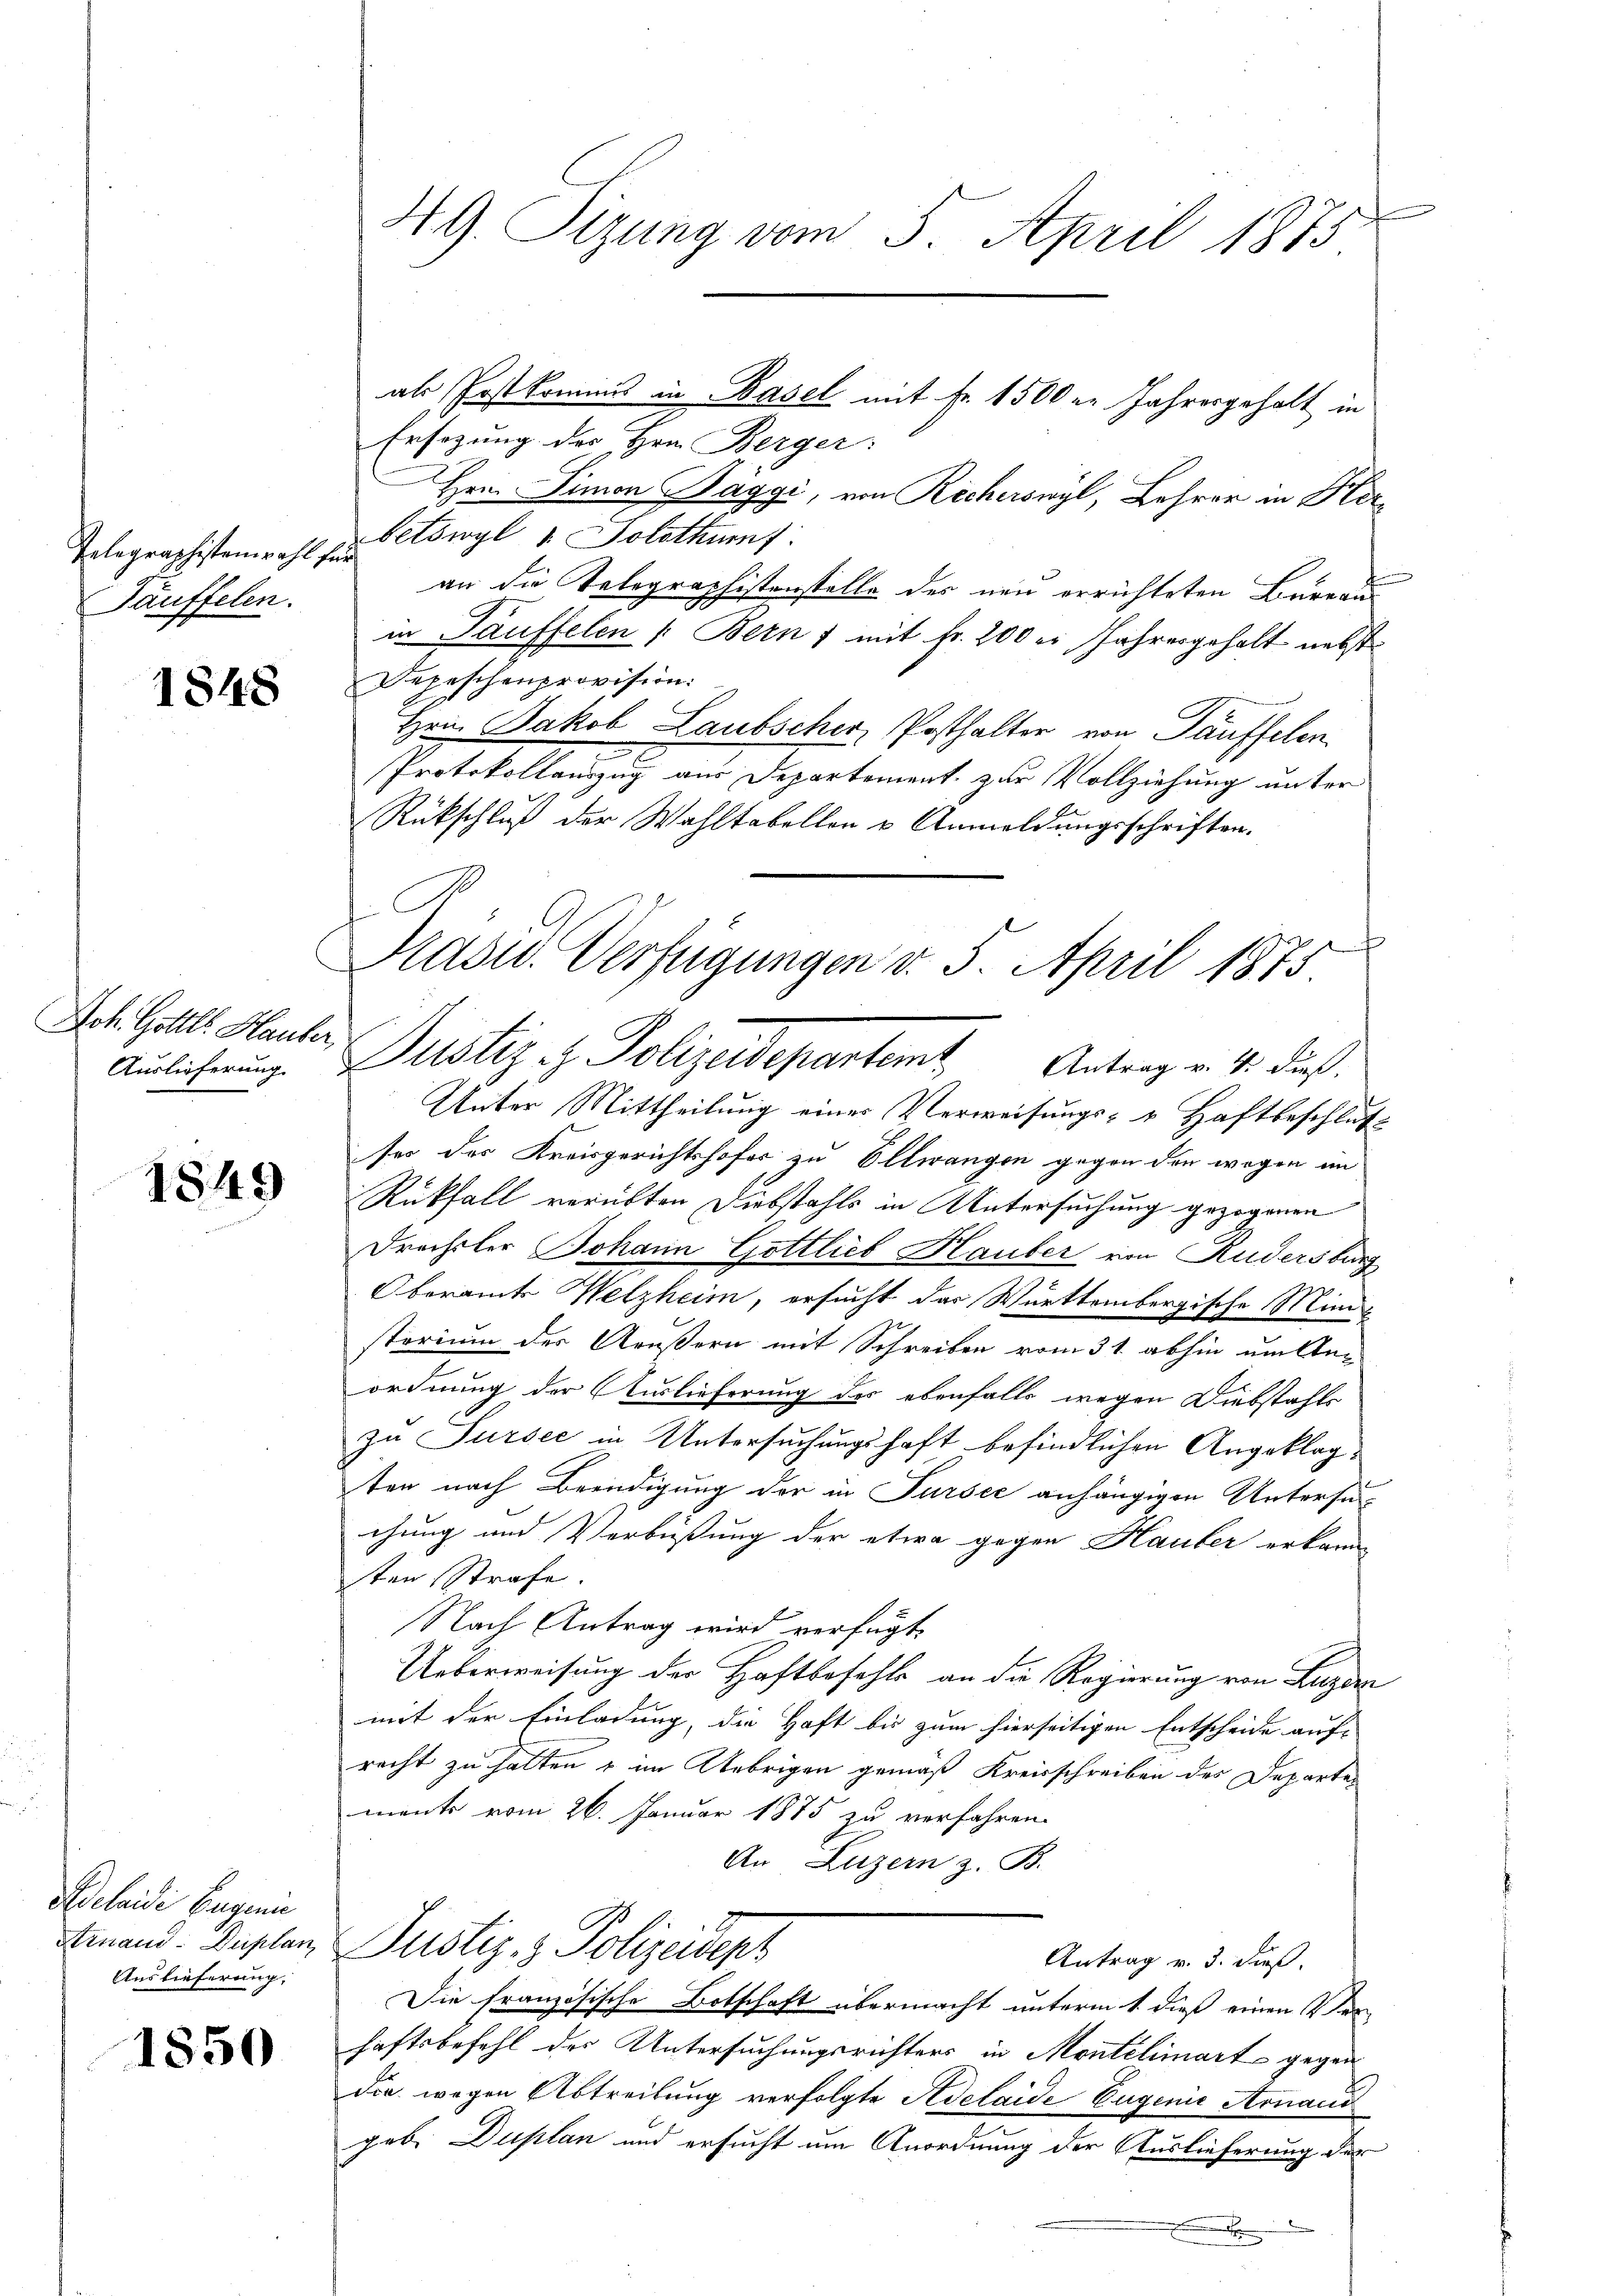
Telegraphistenwahl für
Täuffelen.

1848

Joh. Gottl. Hauber,
Auslieferung

1849

elaide Eugen
Aruand: Duplan
Auslieferung,

1850

.

49. Sizung vom 5. April 1873

Ersezung der Hrn. Berger:
Hrn. Simon Päggi, von Recherswyl, Lehrer in Herbetswyl u. Solothurnf
eiung
an die Telegraphistenstelle des neu errichteten Bureaus
in Täuffelen /: Bern f mit Fr. 200 er Jahresgehalt nebst
Depeschenprovision:
Hrn. Jakob Laubscher Posthalter von Täuffelen
e
Protokollauszug aus Departement zur Vollziehung unter
Rückschluß der Wahltabellen u Anmeldungsschriften.
Unter Mittheilung eines Verweisungs- u. Haftbeschluss
ses des Kreisgerichtshofer zu Ellwangen gegen den wegen im
Rückfall verübten Diebstahls in Untersuchung gezogenen
Drechsler Johann Gottlieb Hauber von Rudersburg
Oberamt Welzheim, ersucht das Württembergische Ministorium der Aeußern mit Schreiben vom 31. abhin um Anordnung der Auslieferung des ebenfalls wegen Diebstahls
zu Sursee in Untersuchungshaft befindlichen Angeklagten nach Beendigung der in Sursee anhängigen Untersuchung und Verbüßung der etwa gegen Hauber erkann-
ten Strafe.
Nach Antrag wird verfügt,
Ueberweisung der Haftbefehle an die Regierung von Luzer
mit der Einladung, die Haft bis zum hierseitigen Entscheide auf-
recht zu halten & im Uebrigen gemäß Kreisschreiben der Departen
ments vom 26. Januar 1875 zu verfahren.
An Luzern z. B.
Justiz- & Polizeidept
Antrag v. 3. dieß.
Die Französische Botschaft übermacht unterm 1. dieß einen Ver-
haftsbefehl der Untersuchungsrichters in Montelimart gegen
die wegen Abtreitung verfolgte Adelaide Eugenie Arnaud
geb. Duplan und ersucht um Anordnung der Auslieferung der
.

Kaduc. Verfügungen v. 5. April 1875
Justiz & Polizeidepartent. Antrag v. 4. dieß.

als Postkommis in Basel mit Fr. 1500 er Jahresgeholt in